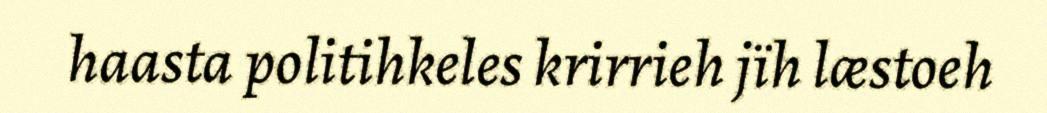
haasta politihkeles krirrieh jïh læstoeh